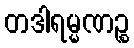
တဒါရမ္မဏဉ္စ